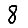
Digit: 8